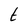
Character: t